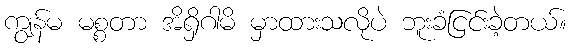
ကျွန်မ မစ္စတာ အိရှိဂါမိ မှာထားသလိုပဲ ဘူးခံငြင်းခဲ့တယ်။